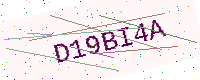
Text: D19BI4A